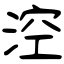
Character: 涳